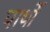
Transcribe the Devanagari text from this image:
पार्थो